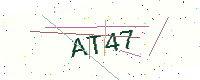
Text: AT47